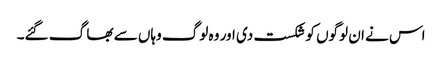
اس نے ان لوگوں کو شکست دی اور وہ لوگ وہاں سے بھا گ گئے۔